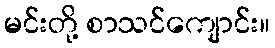
မင်းတို့ စာသင်ကျောင်း။